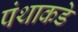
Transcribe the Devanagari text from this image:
पंथाकडे